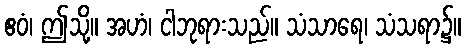
ဧဝံ၊ ဤသို့။ အဟံ၊ ငါဘုရားသည်။ သံသာရေ၊ သံသရာ၌။